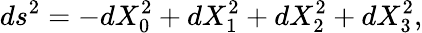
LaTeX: ds^{2}=-dX_{0}^{2}+dX_{1}^{2}+dX_{2}^{2}+dX_{3}^{2},